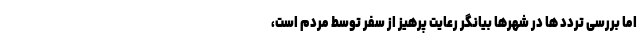
اما بررسی تردد ها در شهرها بیانگر رعایت پرهیز از سفر توسط مردم است،